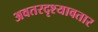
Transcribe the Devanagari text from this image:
अवतरदृश्यावतार